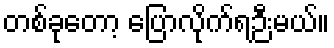
တစ်ခုတော့ ပြောလိုက်ရဉီးမယ်။